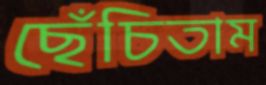
ছেঁচিতাম